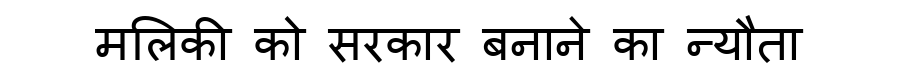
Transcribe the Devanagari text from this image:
मलिकी को सरकार बनाने का न्यौता